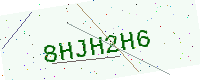
Text: 8HJH2H6